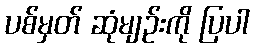
ပစ်မှတ် ဆုံမျဉ်းကို ပြပါ